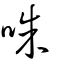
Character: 咮